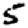
Digit: 5